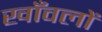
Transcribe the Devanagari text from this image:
खाँवलों